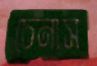
চেনাস